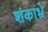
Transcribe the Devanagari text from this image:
शंकाभ्रे